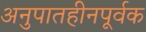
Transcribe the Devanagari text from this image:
अनुपातहीनपूर्वक